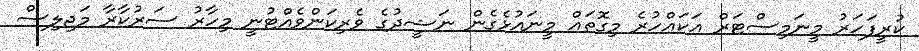
ކުރީފަހަރު މީނަމިސްޓަރް އަކައްހުރެ މިގޮތައް މީނައުޅެގެން ނަޝީދުގެ ވެރިކަންވެއްޓުނީ މިހާރު ސަރުކާރާ މަޖިލިސް